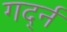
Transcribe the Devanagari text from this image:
गर्द्न